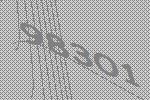
98301